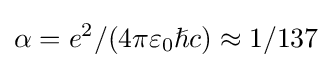
\alpha =e^{2}/(4\pi \varepsilon _{0}\hslash c)\approx 1/137